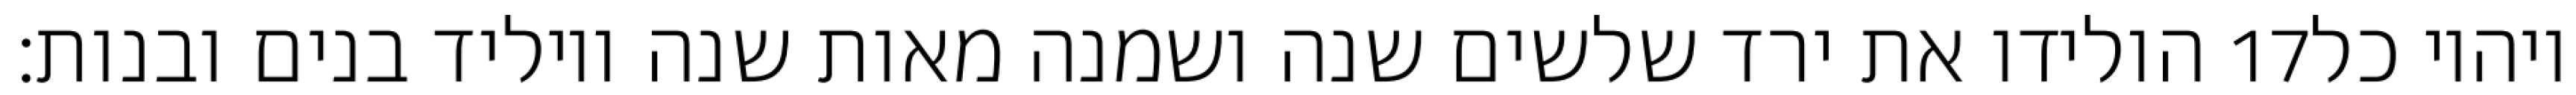
הולידו את ירד שלשים שנה ושמנה מאות שנה ויוליד בנים ובנות׃ ‎17‏ ויהיו כל